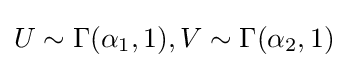
U\sim \Gamma (\alpha _{1},1),V\sim \Gamma (\alpha _{2},1)